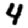
Digit: 4